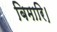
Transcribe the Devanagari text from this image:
बिमारि।